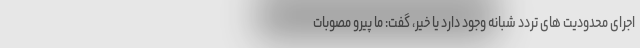
اجرای محدودیت های تردد شبانه وجود دارد یا خیر، گفت: ما پیرو مصوبات